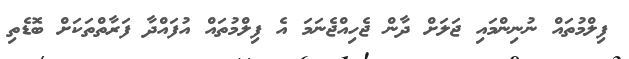
ފިލްމުތައް ނުނިންމައި ޖަލަށް ދާން ޖެހިއްޖެނަމަ އެ ފިލްމުތައް އުފައްދާ ފަރާތްތަކަށް ބޮޑެތި